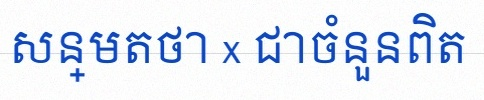
សន្មតថា x ជាចំនួនពិត